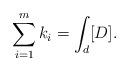
LaTeX: \begin{align*}\sum_{i=1}^m k_i=\int_d[D].\end{align*}